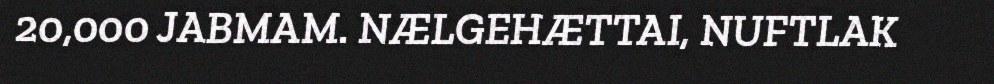
20,000 JABMAM. NÆLGEHÆTTAI, NUFTLAK